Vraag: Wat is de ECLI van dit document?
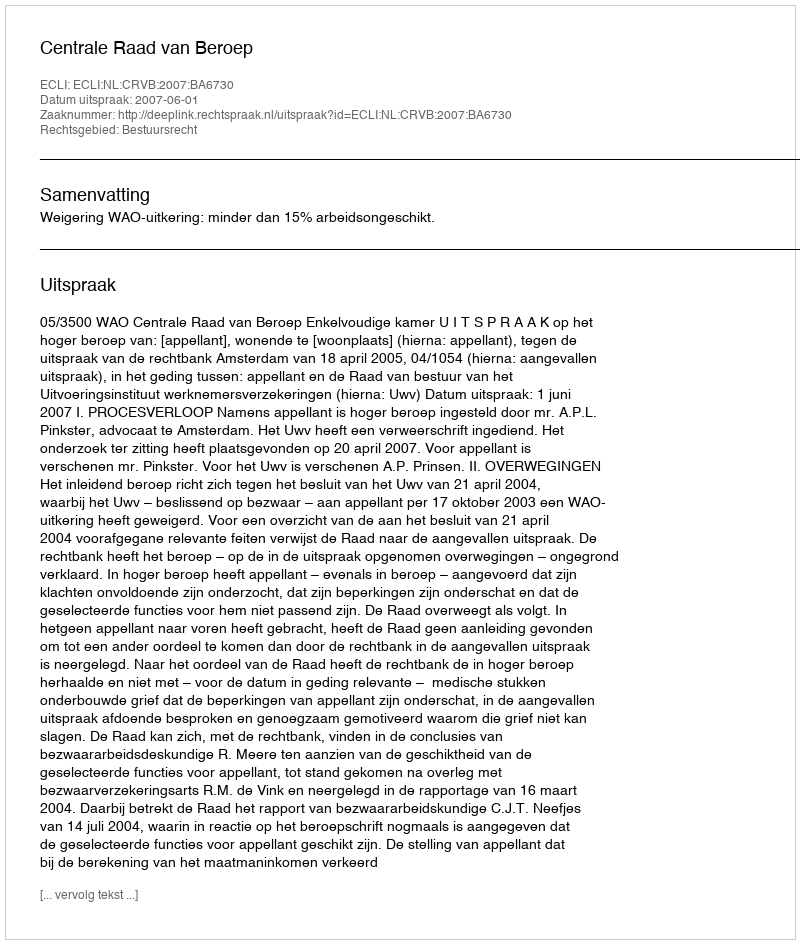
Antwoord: ECLI:NL:CRVB:2007:BA6730